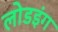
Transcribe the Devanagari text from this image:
लोडइंग